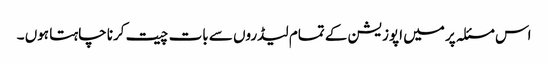
اس مسئلہ پر میں اپوزیشن کے تمام لیڈروں سے بات چیت کرنا چاہتا ہوں ۔